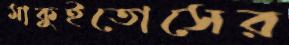
মাকুইতোসের